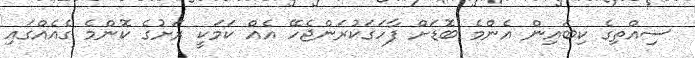
ސިއްތިގެ ކިބައިން އެންމެ ބޮޑަށް ފާހަގަކުރަންޖެހޭ އެއް ކަމަކީ ރަށުގެ ކޮންމެ ގެއެއްގައި